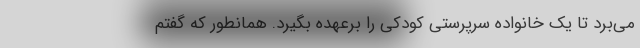
می‌برد تا یک خانواده سرپرستی کودکی را برعهده بگیرد. همانطور که گفتم